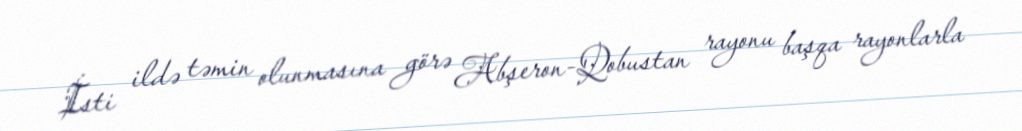
İsti ildə təmin olunmasına görə Abşeron-Qobustan rayonu başqa rayonlarla